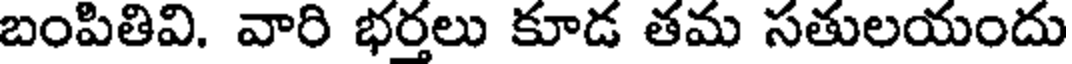
బంపితివి. వారి భర్తలు కూడ తమ సతులయందు